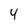
Character: 4